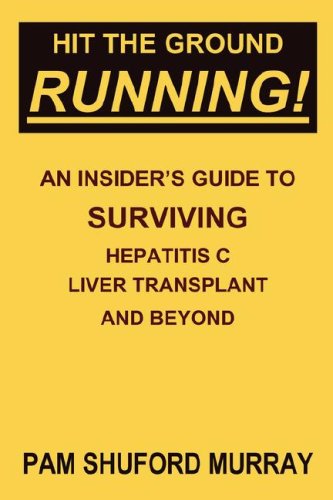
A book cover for Hit the Ground Running! An Insider's Guide to Surviving Hepatitis C, Liver Transplant and Beyond; Pam Shuford Murray; Health, Fitness & Dieting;